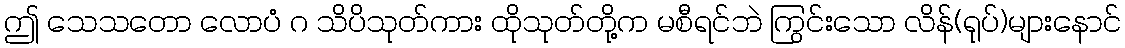
ဤ သေသတော လောပံ ဂ သိပိသုတ်ကား ထိုသုတ်တို့က မစီရင်ဘဲ ကြွင်းသော လိန်(ရုပ်)များနောင်